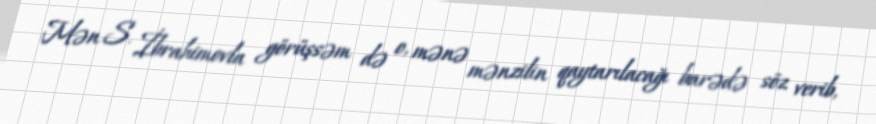
Mən S. İbrahimovla görüşsəm də o, mənə mənzilin qaytarılacağı barədə söz verib,